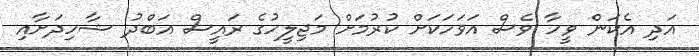
އަދި އެކަން ވީހާ ވެސް އަވަހަކަށް ކުރުމަށް މަޖިލީހުގެ ރައީސް އަބްދު ޝާހިދަށާއި